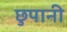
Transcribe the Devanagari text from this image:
छुपानी